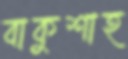
বাকুশাহ